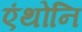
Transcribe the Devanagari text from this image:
एंथोनि